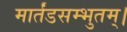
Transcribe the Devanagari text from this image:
मार्तंडसम्भुतम्।